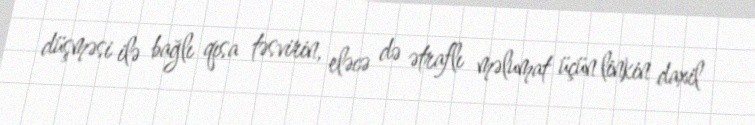
düşməsi ilə bağlı qısa təsvirin, eləcə də ətraflı məlumat üçün linkin daxil